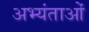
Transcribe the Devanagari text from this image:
अभ्यंताओं